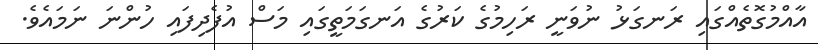
އާއްމުގޮތެއްގައި ރަނގަޅު ނުވަނީ ރަހިމުގެ ކަރުގެ އަނގަމަތީގައި މަސް އުފެދިފައި ހުންނަ ނަމައެވެ.